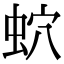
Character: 𧉢